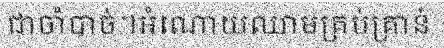
ជាចាំបាច់។អំណោយឈាមគ្រប់គ្រាន់